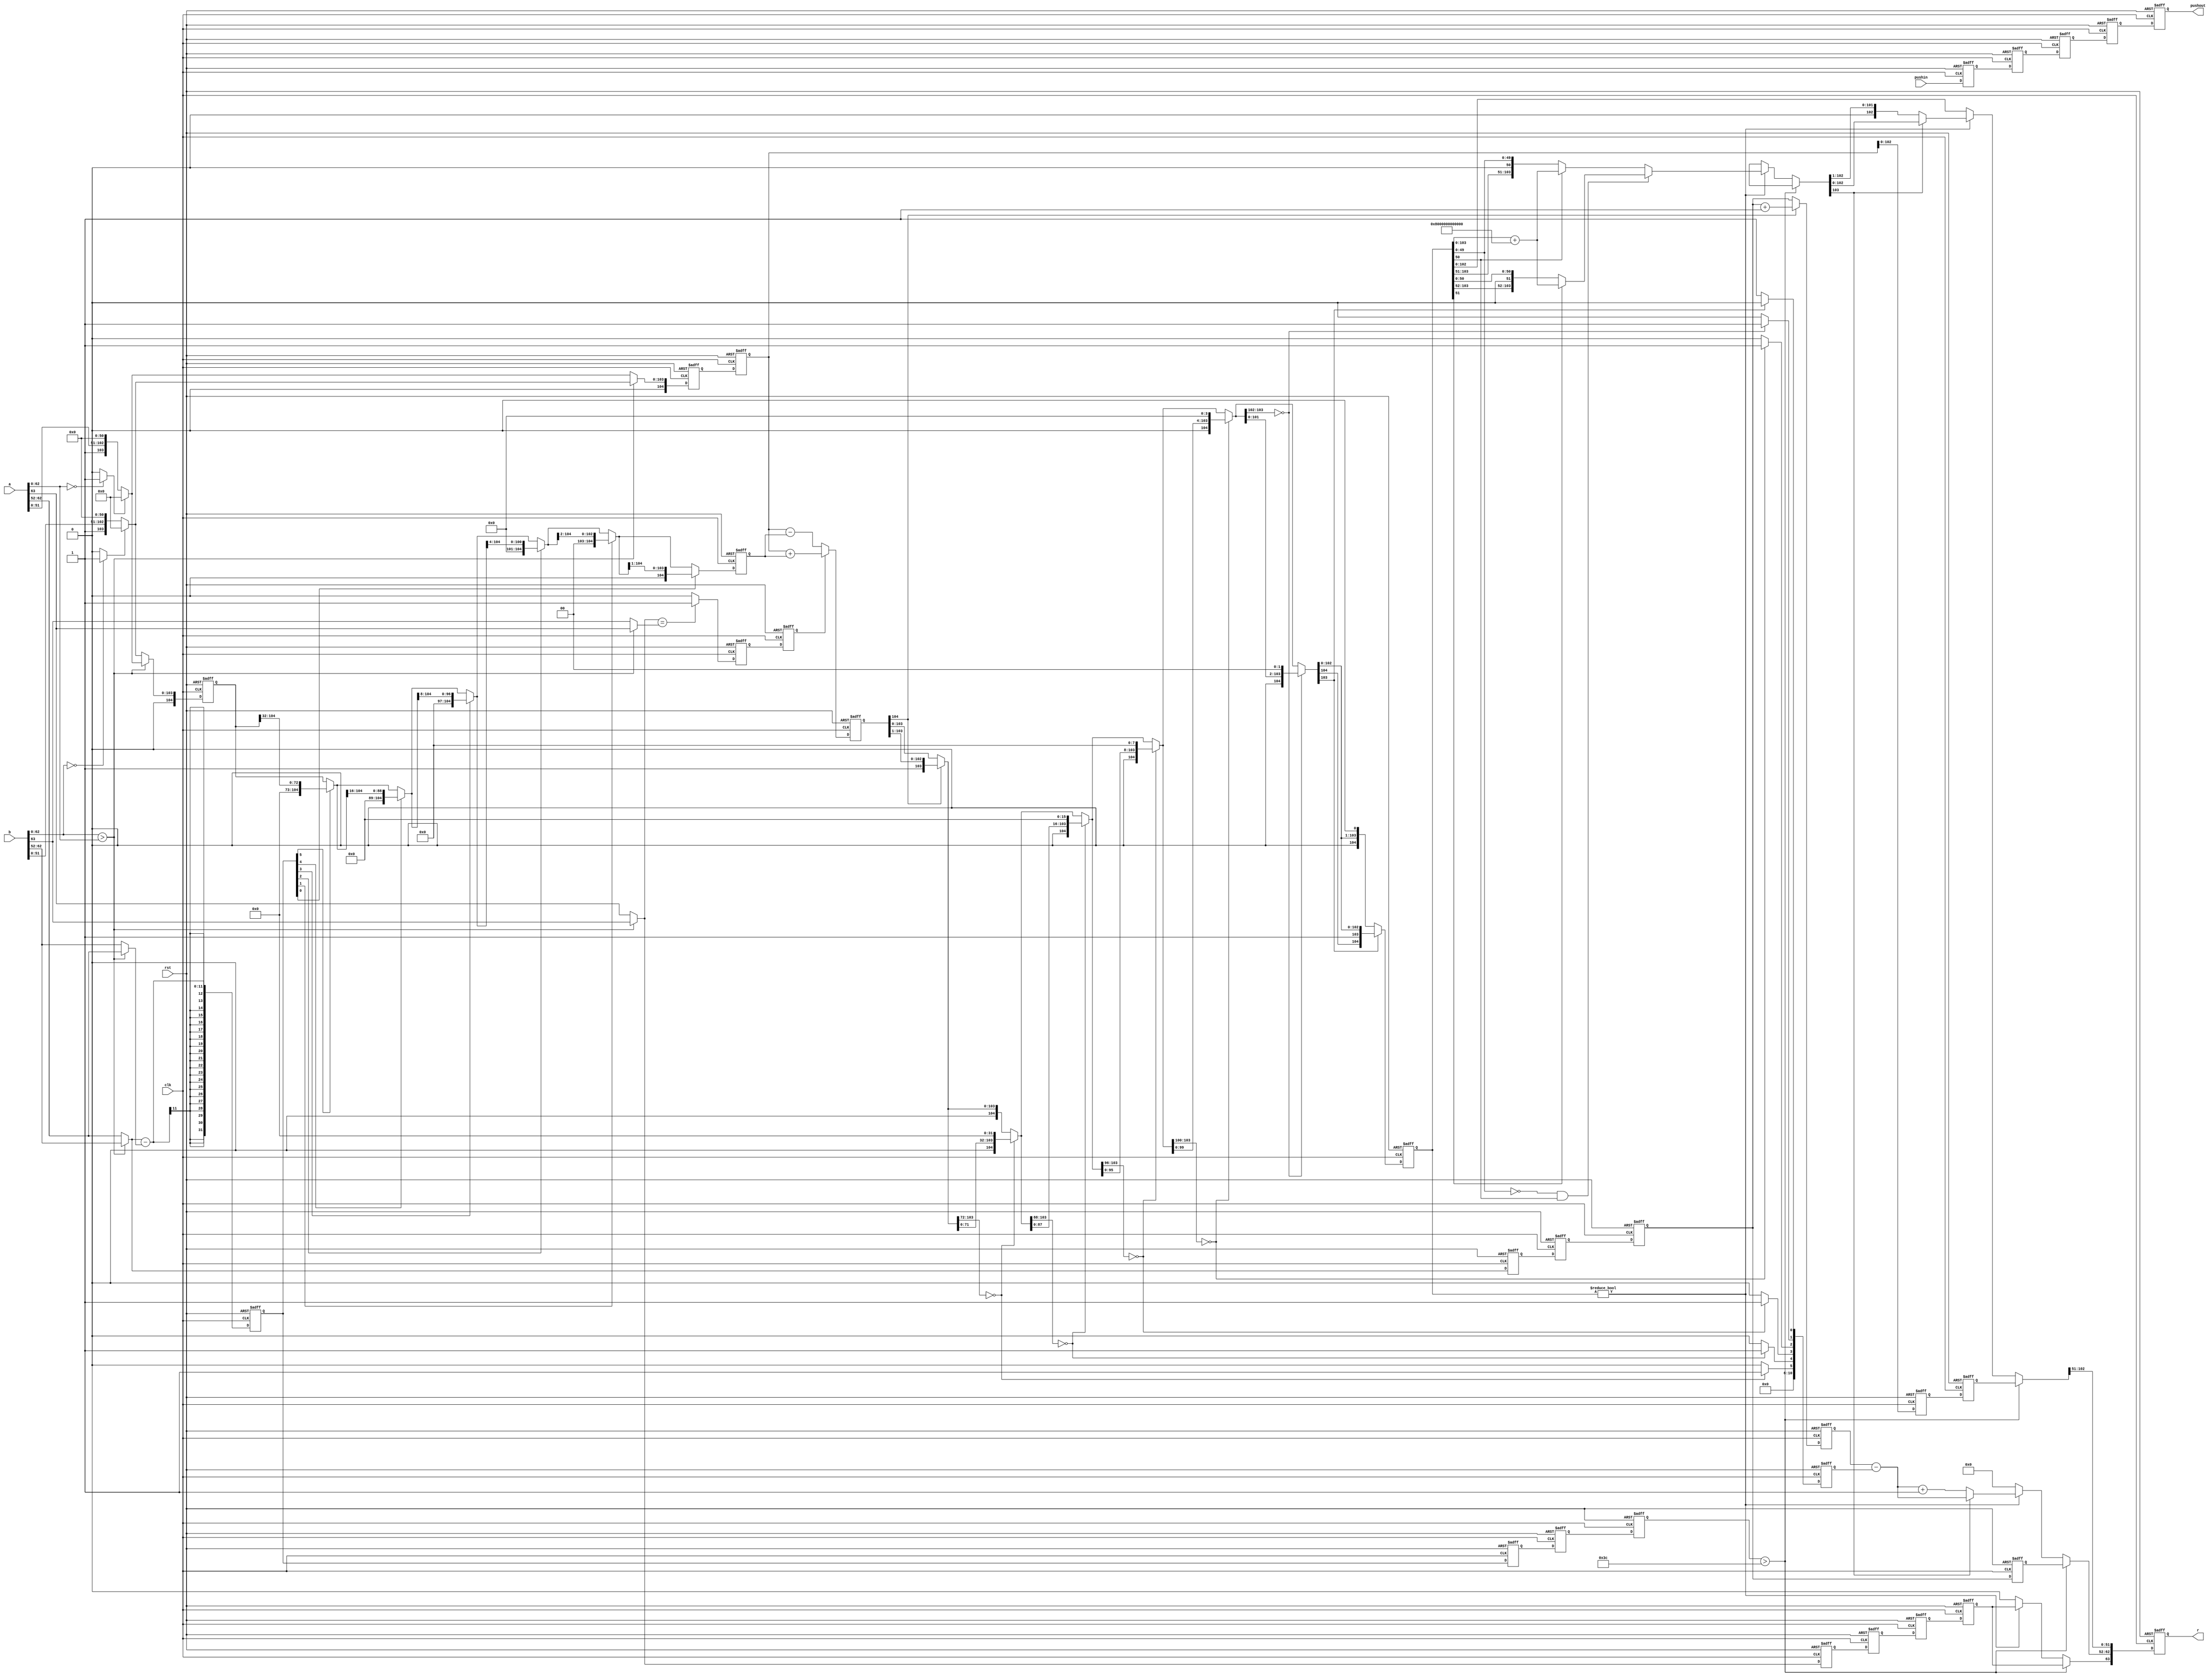
//
// This is a simple version of a 64 bit floating point multiplier 
// used in EE287 as a homework problem.
// This is a reduced complexity floating point.  There is no NaN
// overflow, underflow, or infinity values processed.
//
// Inspired by IEEE 754-2008 (Available from the SJSU library to students)
//
// 63  62:52 51:0
// S   Exp   Fract (assumed high order 1)
// 
// Note: all zero exp and fract is a zero 
// 
//

module fpadd(a,b,clk,rst,pushin,pushout,r);
	input 		clk;
	input 		rst;
	
	input 		pushin;
	input [63:0] 	a,b;	// the a and b inputs
	output [63:0] 	r;	// the results from this multiply
	output 		pushout;		// indicates we have an answer this cycle
	
	reg 		pushout_1_q,pushout_2_q,pushout_3_q,pushout_1_q2,pushout_1_q3;
	
	parameter 	fbw=104;
	
	reg 		sA,sB;		// the signs of the a and b inputs
	reg [10:0] 	expA, expB,expR_d,expR_q,expR_ns,expR_2_q,expR_2_ns,expR_old_q,expR_q2,expR_q3;		// the exponents of each
	reg [fbw:0] 	fractA_d,fractA_q,fractA_q2,fractA_q3,fractB_ns_1, fractB_d,fractB_q,fractB_ns,fractB_2_q,fractA_2_q,fractR,fractR_q,fractR_ns,fractR_q2,fractR_ns2,fractAdd,fractPreRound,denormB;	
		// the fraction of A and B  present
	reg 		zeroA,zeroB;	// a zero operand (special case for later)
		
	
	reg 		signres_d,signres_q,signres_2_d,signres_2_q,signres_q2,signres_q3;		// sign of the result
	reg [10:0] 	expres;	// the exponent result
	reg [63:0] 	resout,resout_q;	// the output value from the always block
	integer 	iea,ieb,ied_d,ied_q,ied_2_q,ied_q2,ied_q3;	// exponent stuff for difference...
	integer 	renorm,renorm_q;		// How much to renormalize...
	parameter [fbw:0] zero=0;
	reg 		stopinside;
	
	reg 		sign_cmp_d,sign_cmp_q,sign_cmp_2_q,sign_cmp_q2;

assign r=resout_q;
assign pushout=pushout_3_q;






//
// give the fields a name for convience
//





always @(*) begin
  zeroA = (a[62:0]==0)?1:0;
  zeroB = (b[62:0]==0)?1:0;
  if( b[62:0] > a[62:0] ) begin
    expA = b[62:52];
    expB = a[62:52];
    sA = b[63];
    sB = a[63];
    fractA_d = (zeroB)?0:{ 2'b1, b[51:0],zero[fbw:54]};
    fractB_d = (zeroA)?0:{ 2'b1, a[51:0],zero[fbw:54]};
    signres_d=sA;
  end else begin
    sA = a[63];
    sB = b[63];
    expA = a[62:52];
    expB = b[62:52];
    fractA_d = (zeroA)?0:{ 2'b1, a[51:0],zero[fbw:54]};
    fractB_d = (zeroB)?0:{ 2'b1, b[51:0],zero[fbw:54]};
    signres_d=sA;
  end
  expR_d=expA;
  ied_d=expA-expB;
  sign_cmp_d = (sA==sB) ? 1:0;
end
  
 


 
always @(posedge clk or posedge rst) begin
    if(rst) begin
        fractA_q 	<= #1 0;
        fractB_q 	<= #1 0;
        signres_q 	<= #1 0;
        expR_q 		<= #1 0;
        ied_q 		<= #1 0;
        sign_cmp_q 	<= #1 0;
        pushout_1_q 	<= #1 0;


    
    end else begin
        fractA_q 	<= #1 fractA_d;
        fractB_q 	<= #1 fractB_d;
        signres_q 	<= #1 signres_d;
        expR_q		<= #1 expR_d;
        ied_q 		<= #1 ied_d;
        sign_cmp_q 	<= #1 sign_cmp_d;
        pushout_1_q 	<= #1 pushin;

    end
end
 

//======================================================================//
 
 always @(*) begin
 
 
    fractB_ns = fractB_q;
    fractB_ns=(ied_q[5])?{32'b0,fractB_ns[fbw:32]}: {fractB_ns};
    fractB_ns=(ied_q[4])?{16'b0,fractB_ns[fbw:16]}: {fractB_ns};
    fractB_ns=(ied_q[3])?{ 8'b0,fractB_ns[fbw:8 ]}: {fractB_ns};
    fractB_ns=(ied_q[2])?{ 4'b0,fractB_ns[fbw:4 ]}: {fractB_ns};
    fractB_ns=(ied_q[1])?{ 2'b0,fractB_ns[fbw:2 ]}: {fractB_ns};
    fractB_ns=(ied_q[0])?{ 1'b0,fractB_ns[fbw:1 ]}: {fractB_ns};

end



always @(posedge clk or posedge rst) begin
    if(rst) begin
        fractA_q2 	<= #1 0;
        fractB_ns_1 	<= #1 0;
        signres_q2 	<= #1 0;
        expR_q2		<= #1 0;
        ied_q2 		<= #1 0;
        sign_cmp_q2 <= #1 0;
        pushout_1_q2 <= #1 0;



    
    end else begin
        fractA_q2 	<= #1 fractA_q;
        fractB_ns_1 	<= #1 fractB_ns;
        signres_q2 	<= #1 signres_q;
        expR_q2		<= #1 expR_q;
        ied_q2 		<= #1 ied_q;
        sign_cmp_q2 <= #1 sign_cmp_q;
        pushout_1_q2 <= #1 pushout_1_q;

    end
    
end




//======================================================================//





always @(*) begin
if(sign_cmp_q2) fractR=fractA_q2+fractB_ns_1; else fractR=fractA_q2-fractB_ns_1;
end




always @(posedge clk or posedge rst) begin
    if(rst) begin
        fractA_q3 	<= #1 0;
        signres_q3 	<= #1 0;
        expR_q3	<= #1 0;
        ied_q3 		<= #1 0;
        pushout_1_q3 <= #1 0;
        fractR_q2 <= #1 0; 
    end else begin
        fractA_q3 	<= #1 fractA_q2;
        signres_q3 	<= #1 signres_q2;
        expR_q3		<= #1 expR_q2;
        ied_q3 		<= #1 ied_q2;
        pushout_1_q3 <= #1 pushout_1_q2;
        fractR_q2 <= #1 fractR; 
    end
end





//======================================================================// 




    
  always @(*) begin   
    
    expR_ns = expR_q3;
    fractR_ns2 = fractR_q2;
    
    renorm=0;
    if(fractR_ns2[fbw]) begin
      fractR_ns2={1'b0,fractR_ns2[fbw:1]};
      expR_ns=expR_ns+1;
    end
    if(fractR_ns2[fbw-1:fbw-32]==0) begin 
	renorm[5]=1; fractR_ns2={ 1'b0,fractR_ns2[fbw-33:0],32'b0 }; 
    end
    if(fractR_ns2[fbw-1:fbw-16]==0) begin 
	renorm[4]=1; fractR_ns2={ 1'b0,fractR_ns2[fbw-17:0],16'b0 }; 
    end
    if(fractR_ns2[fbw-1:fbw-8]==0) begin 
	renorm[3]=1; fractR_ns2={ 1'b0,fractR_ns2[fbw-9:0], 8'b0 }; 
    end
    if(fractR_ns2[fbw-1:fbw-4]==0) begin 
	renorm[2]=1; fractR_ns2={ 1'b0,fractR_ns2[fbw-5:0], 4'b0 }; 
    end
    if(fractR_ns2[fbw-1:fbw-2]==0) begin 
	renorm[1]=1; fractR_ns2={ 1'b0,fractR_ns2[fbw-3:0], 2'b0 }; 
    end
    if(fractR_ns2[fbw-1   ]==0) begin 
	renorm[0]=1; fractR_ns2={ 1'b0,fractR_ns2[fbw-2:0], 1'b0 }; 
    end
    
  end
  
  
  
always @(posedge clk or posedge rst) begin
    if(rst) begin
        ied_2_q <= #1 0;
        fractA_2_q <= #1 0;
        signres_2_q <= #1 0;
        expR_2_q <= #1 0;
        pushout_2_q <= #1 0;
        
        renorm_q <= #1 0;
        fractR_q <= #1 0;
        expR_old_q <= #1 0;
    
    end else begin
        ied_2_q <= #1 ied_q3;
        fractA_2_q <= #1 fractA_q3;
        signres_2_q <= #1 signres_q3;
        expR_2_q <= #1 expR_ns;
        pushout_2_q <= #1 pushout_1_q3;
    
        renorm_q <= #1 renorm;
        fractR_q <= #1 fractR_ns2;
        expR_old_q <= #1 expR_q3;

    end
    
end




  
  
  //======================================================================// 





  
always @(*) begin
    
    expR_2_ns = expR_2_q;
    signres_2_d = signres_2_q;
    
  if(ied_2_q > 60) begin
    fractR_ns=fractA_2_q;
    expR_2_ns = expR_old_q;
    
  end else begin
    fractR_ns = fractR_q;
    fractPreRound=fractR_ns;
    if(fractR_ns != 0) begin
      if(fractR_ns[fbw-55:0]==0 && fractR_ns[fbw-54]==1) begin
	if(fractR_ns[fbw-53]==1) fractR_ns=fractR_ns+{1'b1,zero[fbw-54:0]};
      end else begin
        if(fractR_ns[fbw-54]==1) fractR_ns=fractR_ns+{1'b1,zero[fbw-54:0]};
      end
      expR_2_ns=expR_2_ns-renorm_q;
      if(fractR_ns[fbw-1]==0) begin
       expR_2_ns=expR_2_ns+1;
       fractR_ns={1'b0,fractR_ns[fbw-1:1]};
      end
    end else begin
      expR_2_ns=0;
      signres_2_d=0;
    end
  end

  resout={signres_2_d,expR_2_ns,fractR_ns[fbw-2:fbw-53]};

end





    always @(posedge clk or posedge rst) begin
        if(rst) begin
            pushout_3_q <= #1 0;
            resout_q <= #1 0;
        end else begin
            pushout_3_q <= #1 pushout_2_q;
            resout_q <= #1 resout;
        end
    end
//======================================================================// 

endmodule